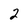
Character: 2